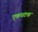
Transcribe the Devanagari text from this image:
एकघटक